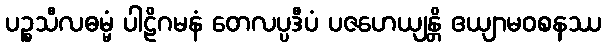
ပဉ္စသီလဓမ္မံ ပါဠိဂမနံ တေလပ္ပဒီပံ ပဇဟေယျန္တိ ဧယျာမဝစနဿ